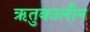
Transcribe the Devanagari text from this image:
ऋतुकालीन